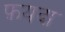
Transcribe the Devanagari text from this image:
फ़यदा